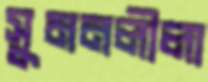
সুমনলীলা